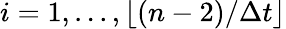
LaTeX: i=1,...,\lfloor(n-2)/\Delta t\rfloor